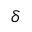
\delta